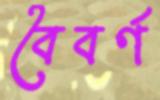
বৈবর্ণ